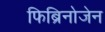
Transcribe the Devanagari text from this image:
फिब्रिनोजेन